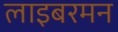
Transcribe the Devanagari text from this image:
लाइबरमन